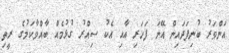
އަންވަރު ބުނިފަދައިން އޭނަ ފަހަރި އާއި އެކު ސިއްރު ގުޅުމެއް ބާއްވާކަމުގެ ރީތި